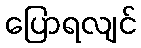
ပြောရလျင်